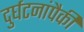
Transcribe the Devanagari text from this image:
दुर्घटनांपैकी